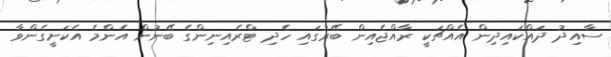
ސާއިދު ދައްކައިދިން އެއްޗަކީ ރާއްޖެއިން ބޭރުގައި ހެދި ޓްރެއިނިންގެ ބޭނުން އެންމެ އެކަށީގެންވާ